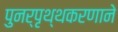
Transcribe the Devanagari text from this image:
पुनर्पृथ्थकरणाने